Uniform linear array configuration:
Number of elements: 32
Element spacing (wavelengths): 1
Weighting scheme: hamming
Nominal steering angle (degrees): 45
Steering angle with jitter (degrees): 44.14
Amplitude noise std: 0.05
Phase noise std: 0.05

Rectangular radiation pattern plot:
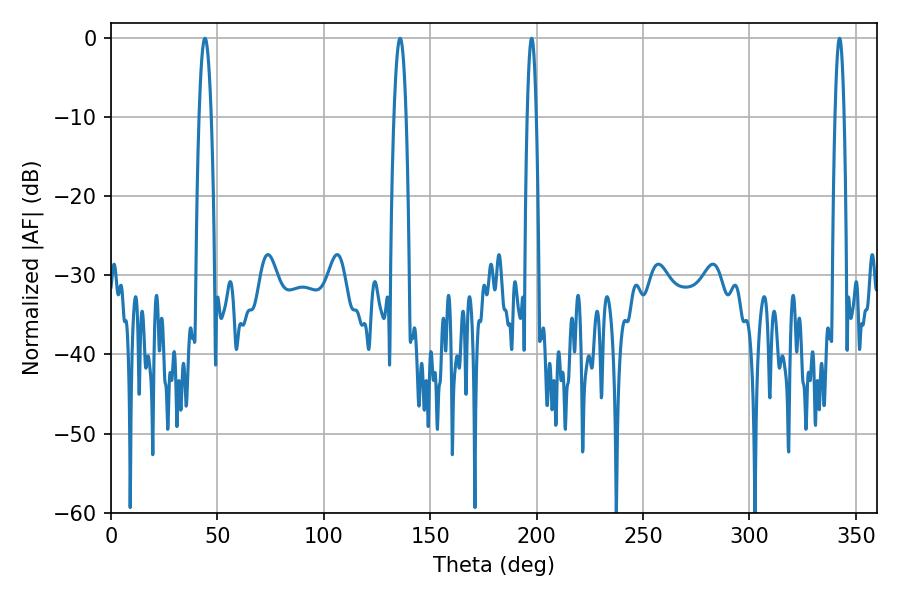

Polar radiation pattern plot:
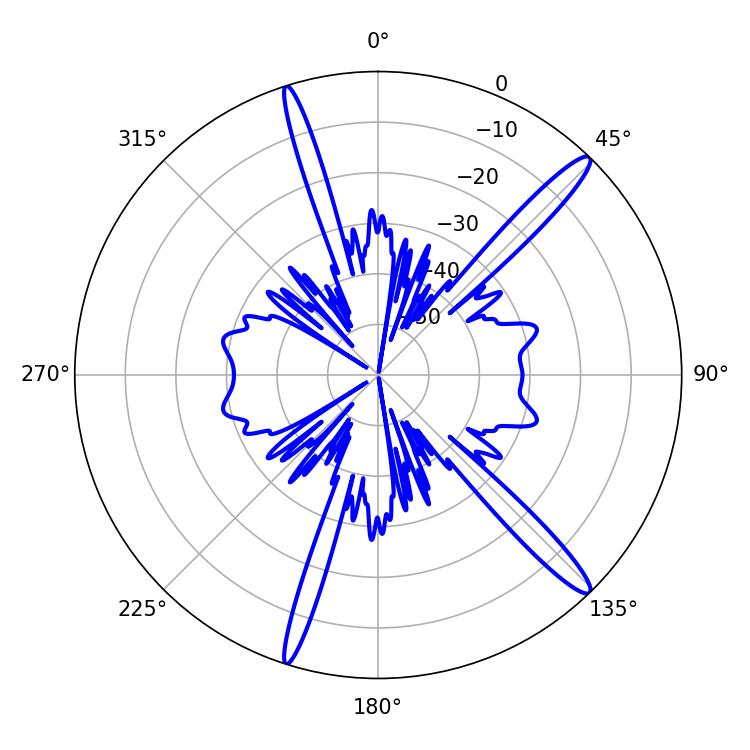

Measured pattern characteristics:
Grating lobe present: TRUE
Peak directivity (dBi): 15.525
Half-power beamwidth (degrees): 2.34
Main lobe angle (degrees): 197.64